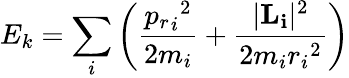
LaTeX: E_{k}=\sum_{i}\left({\frac{{{p_{r}}_{i}}^{2}}{2m_{i}}}+{\frac{|{\mathbf{{L}_{i}}}|^{2}}{2m_{i}{r_{i}}^{2}}}\right)